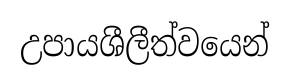
උපායශීලීත්වයෙන්